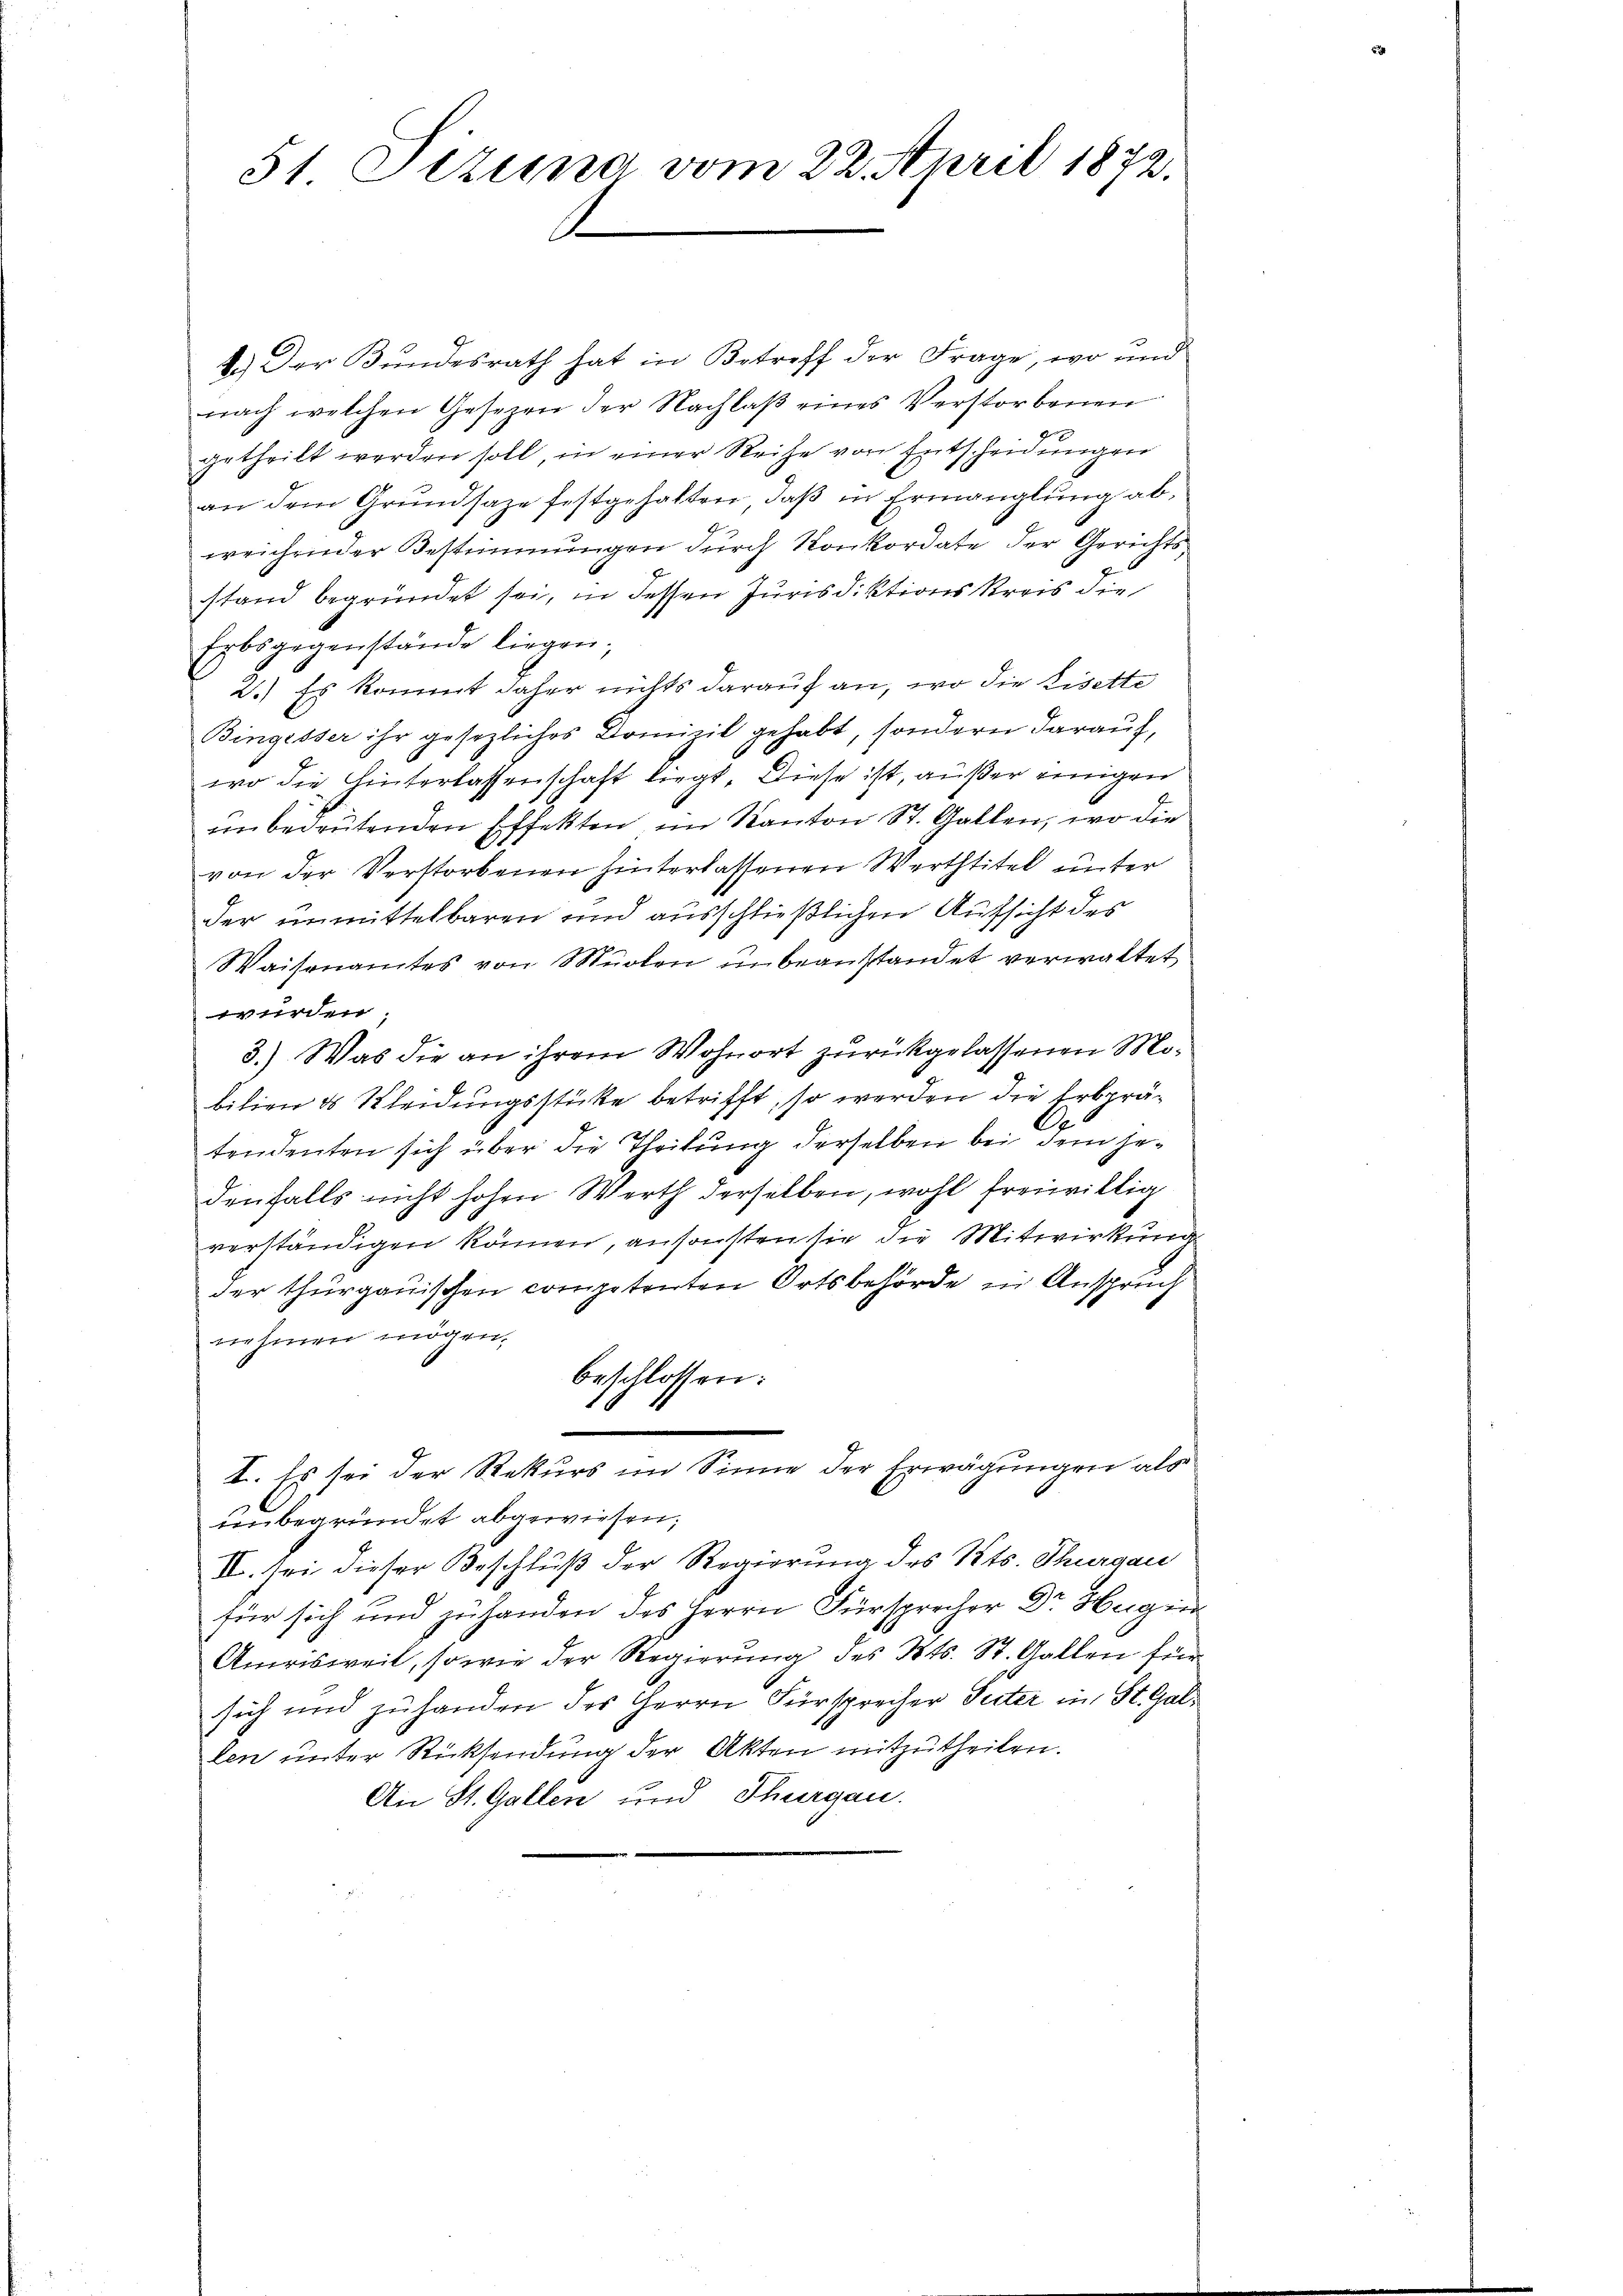
51 Tizina vom 22. April 1872.

2.) Der Bundesrath hat in Betreff der Frage, wo und
nach welchen Gesezen der Nachlaβ eines Verstorbenen
getheilt werden soll, in einer Reihe von Entscheidungen
an dem Grundsaze festgehalten, daß in Ermanglung abweichender Bestimmungen durch Konkordate der Gerichts
stand begründet sei, in dessen Jurisdiktionskreis die
Erbsgegenstände liegen;
2.) Es kommt daher nichts darauf an, wo die Eisette
Bingisser ihr gesezliches Domizil gehabt, sondern darauf,
wo die Hinterlassenschaft liegt. Diese ist, außer einigen
J.
einbedeutenden Effekten im Kanton St. Gallen, wo die
von der Verstorbenen hinterlassenen Werttitel unter
der unmittelbaren und ausschließlichen Aufsicht des
Waisenamtes von Mülen unbeanstandet verwaltet
wurden.
3.) Was die an ihrem Wohnort zurückgelassenen Mobilien es Kleidungsstücke betrifft, so werden die Erbprä¬
A
tendenten sich über die Theilung derselben bei dem jedenfalls nicht hohen Werth derselben, wohl freiwillig
verständigen können, ansonsten sie die Mitwirkung
der thurgauischen competenten Ortsbehörde in Anspruch
nehmen mögen.
beschlossen:
I. Es sei der Rekurs im Sinne der Erwägungen also
unbegründet abgewiesen;
IV. sei dieser Beschluß der Regierung des Kts. Thurgau
für sich und zu handen des Herrn Fürsprecher Dr Herger
Amrisweil, sowie der Regierung des Kts. St. Gallen für
sich und zuhanden des Herrn Fürsprecher Peter in St. Gallen unter Rücksendung der Akten mitzutheilen.
An St. Gallen und Thurgau.